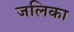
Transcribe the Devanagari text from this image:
जलिका